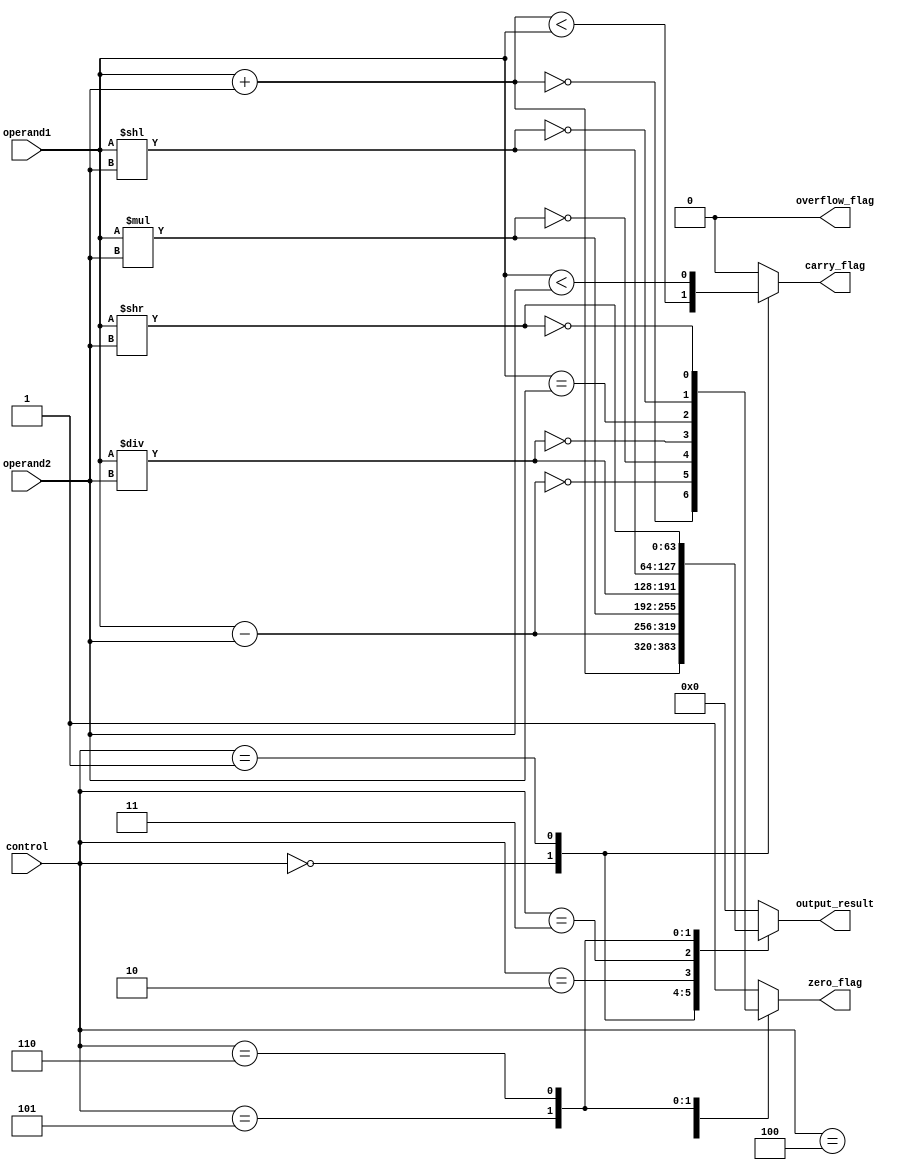
module ALU(
    input [63:0] operand1,
    input [63:0] operand2,
    input [2:0] control,
    output reg [63:0] output_result,
    output reg carry_flag,
    output reg overflow_flag,
    output reg zero_flag
);

always @ (*)
begin
    case (control)
        3'b000: // Adder
            begin
                output_result = operand1 + operand2;
                carry_flag = (output_result < operand1);
                overflow_flag = 0;
                zero_flag = (output_result == 0);
            end
        3'b001: // Subtractor
            begin
                output_result = operand1 - operand2;
                carry_flag = (operand1 < operand2);
                overflow_flag = 0;
                zero_flag = (output_result == 0);
            end
        3'b010: // Multiplier
            begin
                output_result = operand1 * operand2;
                carry_flag = 0;
                overflow_flag = 0;
                zero_flag = (output_result == 0);
            end
        3'b011: // Divider
            begin
                output_result = operand1 / operand2;
                carry_flag = 0;
                overflow_flag = 0;
                zero_flag = (output_result == 0);
            end
        3'b100: // Comparator
            begin
                output_result = 0;
                carry_flag = 0;
                overflow_flag = 0;
                zero_flag = (operand1 == operand2);
            end
        3'b101: // Left Shifter
            begin
                output_result = operand1 << operand2;
                carry_flag = 0;
                overflow_flag = 0;
                zero_flag = (output_result == 0);
            end
        3'b110: // Right Shifter
            begin
                output_result = operand1 >> operand2;
                carry_flag = 0;
                overflow_flag = 0;
                zero_flag = (output_result == 0);
            end
        // Add more operations as needed
        default:
            begin
                output_result = 0;
                carry_flag = 0;
                overflow_flag = 0;
                zero_flag = 1;
            end
    endcase
end

endmodule